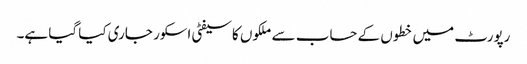
رپورٹ میں خطوں کے حساب سے ملکوں کاسیفٹی اسکور جاری کیا گیا ہے۔